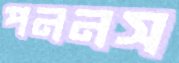
পননস